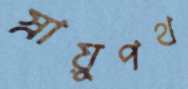
স্নায়ুপথ